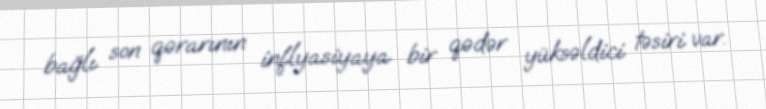
bağlı son qərarının inflyasiyaya bir qədər yüksəldici təsiri var.